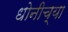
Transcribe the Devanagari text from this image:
धोनीच्या